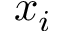
x _ { i }